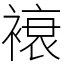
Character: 䙑